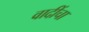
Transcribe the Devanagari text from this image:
वादींचा